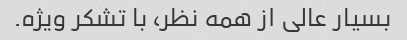
بسیار عالی از همه نظر، با تشکر ویژه.